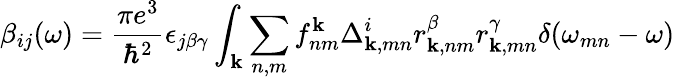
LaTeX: \beta_{ij}(\omega)=\frac{\pi e^{3}}{\hbar^{2}}\epsilon_{j\beta\gamma}\int_{\textbf{k}}\sum_{n,m}f_{nm}^{\textbf{k}}\Delta_{\textbf{k},mn}^{i}r_{\textbf{k},nm}^{\beta}r_{\textbf{k},mn}^{\gamma}\delta(\omega_{mn}-\omega)